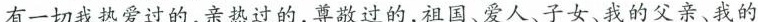
有一切我热爱过的，亲热过的，尊敬过的，祖国、爱人、子女、我的父亲、我的